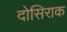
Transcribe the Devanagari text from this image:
दोसिराक